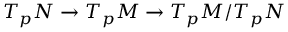
T _ { p } N \to T _ { p } M \to T _ { p } M / T _ { p } N